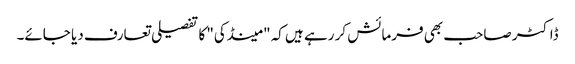
ڈاکٹر صاحب بھی فرمائش کر رہے ہیں کہ "مینڈکی" کا تفصیلی تعارف دیا جائے۔